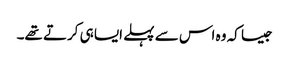
جیسا کہ وہ اس سے پہلے ایسا ہی کرتے تھے۔